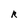
Character: R